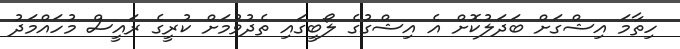
ހިތާމަ އިޝްގަށް ބަދަލުކޮށް އެ އިޝްގުގެ ލޯބީގައި ތެދުވުމަށް ކުރީގެ ރައީސް މުހައްމަދު